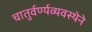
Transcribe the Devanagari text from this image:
चातुर्वर्ण्यव्यवस्थेने